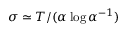
\sigma \simeq T / ( \alpha \log \alpha ^ { - 1 } )